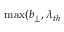
\operatorname* { m a x } ( b _ { \perp } , \lambda _ { t h }